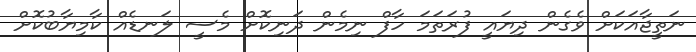
ނަތީޖާއަކަށް ވެގެން ދިޔައީ ފުރަތަމަ ހާފް ނިމެން ދަނިކޮށް މެސީ ލަނޑެއް ކާމިޔާބުކޮށް